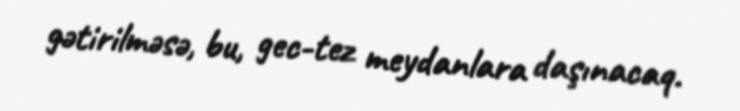
gətirilməsə, bu, gec-tez meydanlara daşınacaq.